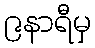
၉နာရီမှ